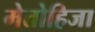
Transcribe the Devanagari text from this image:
मेतोहिजा